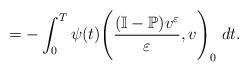
LaTeX: \begin{align*}= - \int_{0}^{T} {\psi(t) }\Bigg(\frac{(\mathbb{I}-\mathbb{P})v^{\varepsilon}}{\varepsilon}, v\Bigg)_{0} ~ dt.\end{align*}